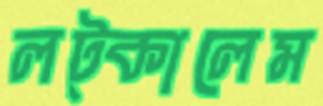
লট্‌কালেম